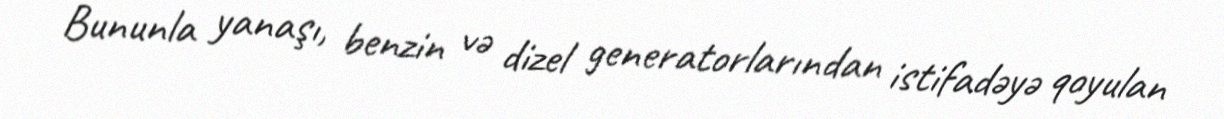
Bununla yanaşı, benzin və dizel generatorlarından istifadəyə qoyulan